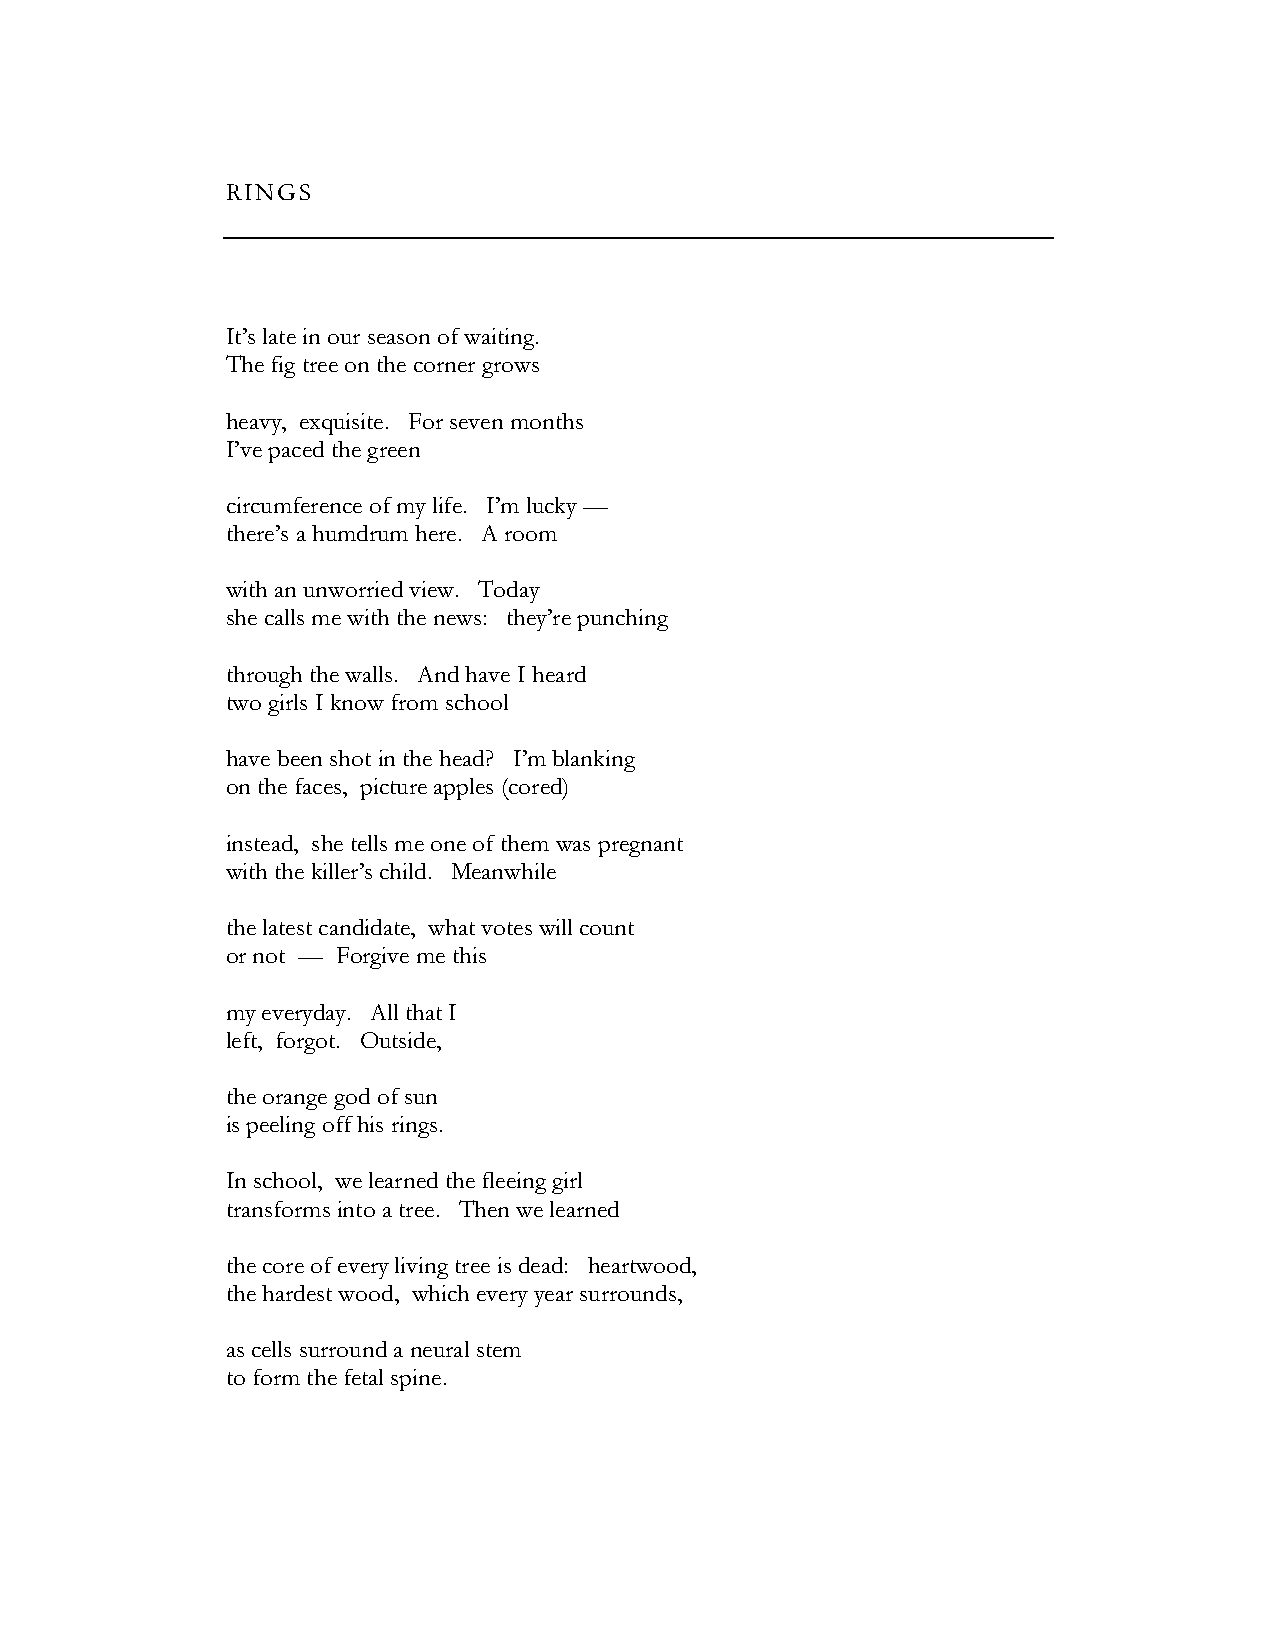
RINGS
 It’s late in our season of waiting.
 The fig tree on the corner grows
 heavy, exquisite. For seven months
 I’ve paced the green
 circumference of my life. I’m lucky —
 there’s a humdrum here. A room
 with an unworried view. Today
 she calls me with the news: they’re punching
 through the walls. And have I heard
 two girls I know from school
 have been shot in the head? I’m blanking
 on the faces, picture apples (cored)
 instead, she tells me one of them was pregnant
 with the killer’s child. Meanwhile
 the latest candidate, what votes will count
 or not — Forgive me this
 my everyday. All that I
 left, forgot. Outside,
 the orange god of sun
 is peeling off his rings.
 In school, we learned the fleeing girl
 transforms into a tree. Then we learned
 the core of every living tree is dead: heartwood,
 the hardest wood, which every year surrounds,
 as cells surround a neural stem
 to form the fetal spine.